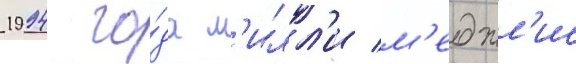
1994 го́да м'илл'и м'еджл'ис